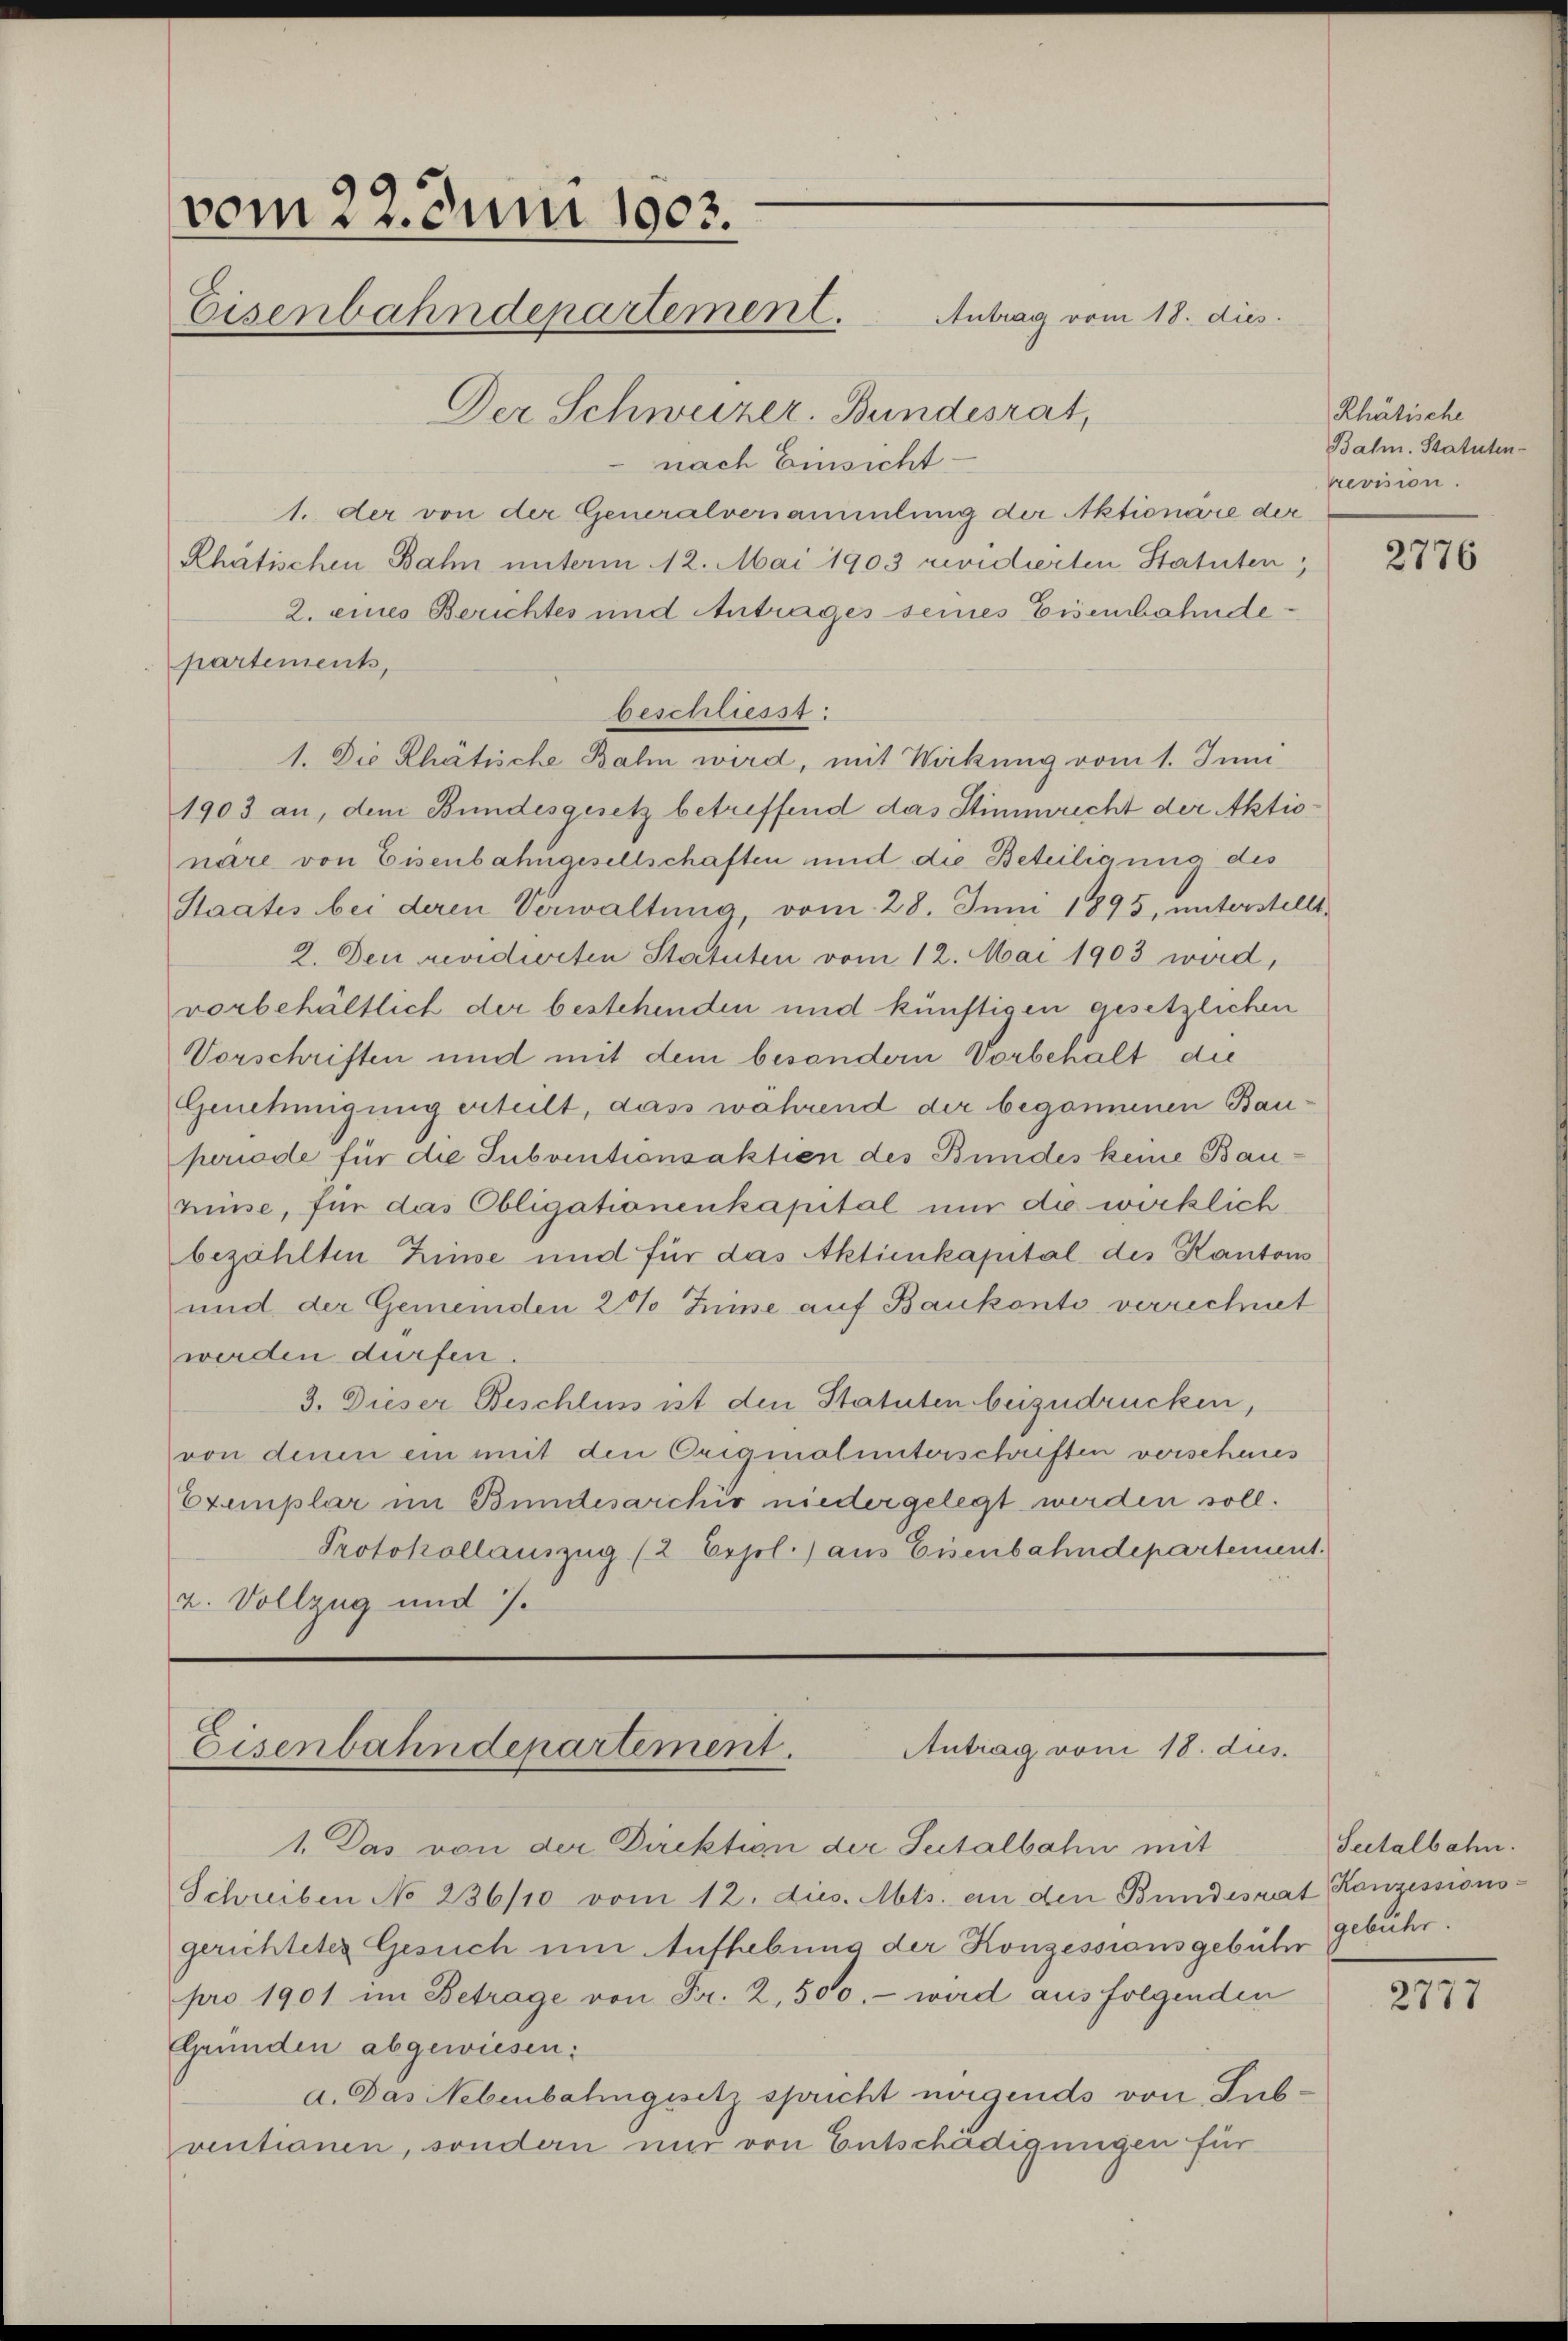
vom 22. Juni 1903.
Eisenbahndepartement.
Der Schweizer. Bundesrat,

nach Einsicht
1. der von der Generalversammlung der Aktionäre der
Rhatischen Bahn unterm 12. Mai 1903 revidierten Statuten,
2. eines Berichtes und Antrages seines Eisenbahndepartements,
beschliesst:
1. Die Rhatische Bahn wird, mit Wirkung vom 1. Juni
1903 an, dem Bundesgesetz betreffend das Stimmrecht der Aktionäre von Eisenbahngesellschaften und die Beteiligung des
Staates bei deren Verwaltung, vom 28. Juni 1895, unterstellt,
2. Den revidirten Statuten vom 12. Mai 1903 wird,
vorbehältlich der bestehenden und künftigen gesetzlichen
Vorschriften und mit dem besondern Vorbehalt die
Genehmigung erteilt, das während der begonnenen Bauperiode für die Subventionsaktion des Bundes keine Bauminse, für das Obligationenkapital nur die wirklich
bezählten Zinse und für das Aktienkapital des Kantons
und der Gemeinden 2 % Zinse auf Baukonto verrechnet
werden dürfen.
3. Dieser Beschluss ist den Statuten beizudrücken,
von denen ein mit den Originalunterschriften vorscheines
Exemplar im Bundesarchiv niedergelegt werden soll.
Protokollauszug (2 Erjol.) aus Eisenbahndepartement.
2. Vollzug und 7.

Antrag vom 18. dies

Antrag vom 18. dus.
Eisenbahndepartement.

1. Das von der Direktion der Seitalbahn mit
Schreiben No 236/10 vom 12. dies. Mts. an den Bundesrat Konzessions-
gerichteter Gesuch um Aufhebung der Konzessionsgebühr gebühr.
pro 1901 im Betrage von Fr. 2, 500.- wird aus folgenden
Gründen abgewiesen:
a. Das Nebenbahngesetz spricht nirgends von Subventionen, sondern und von Entschädigungen für

Rhätische
Balm. Statuten-
rrevision.

2776

Seetalbahn.

2777